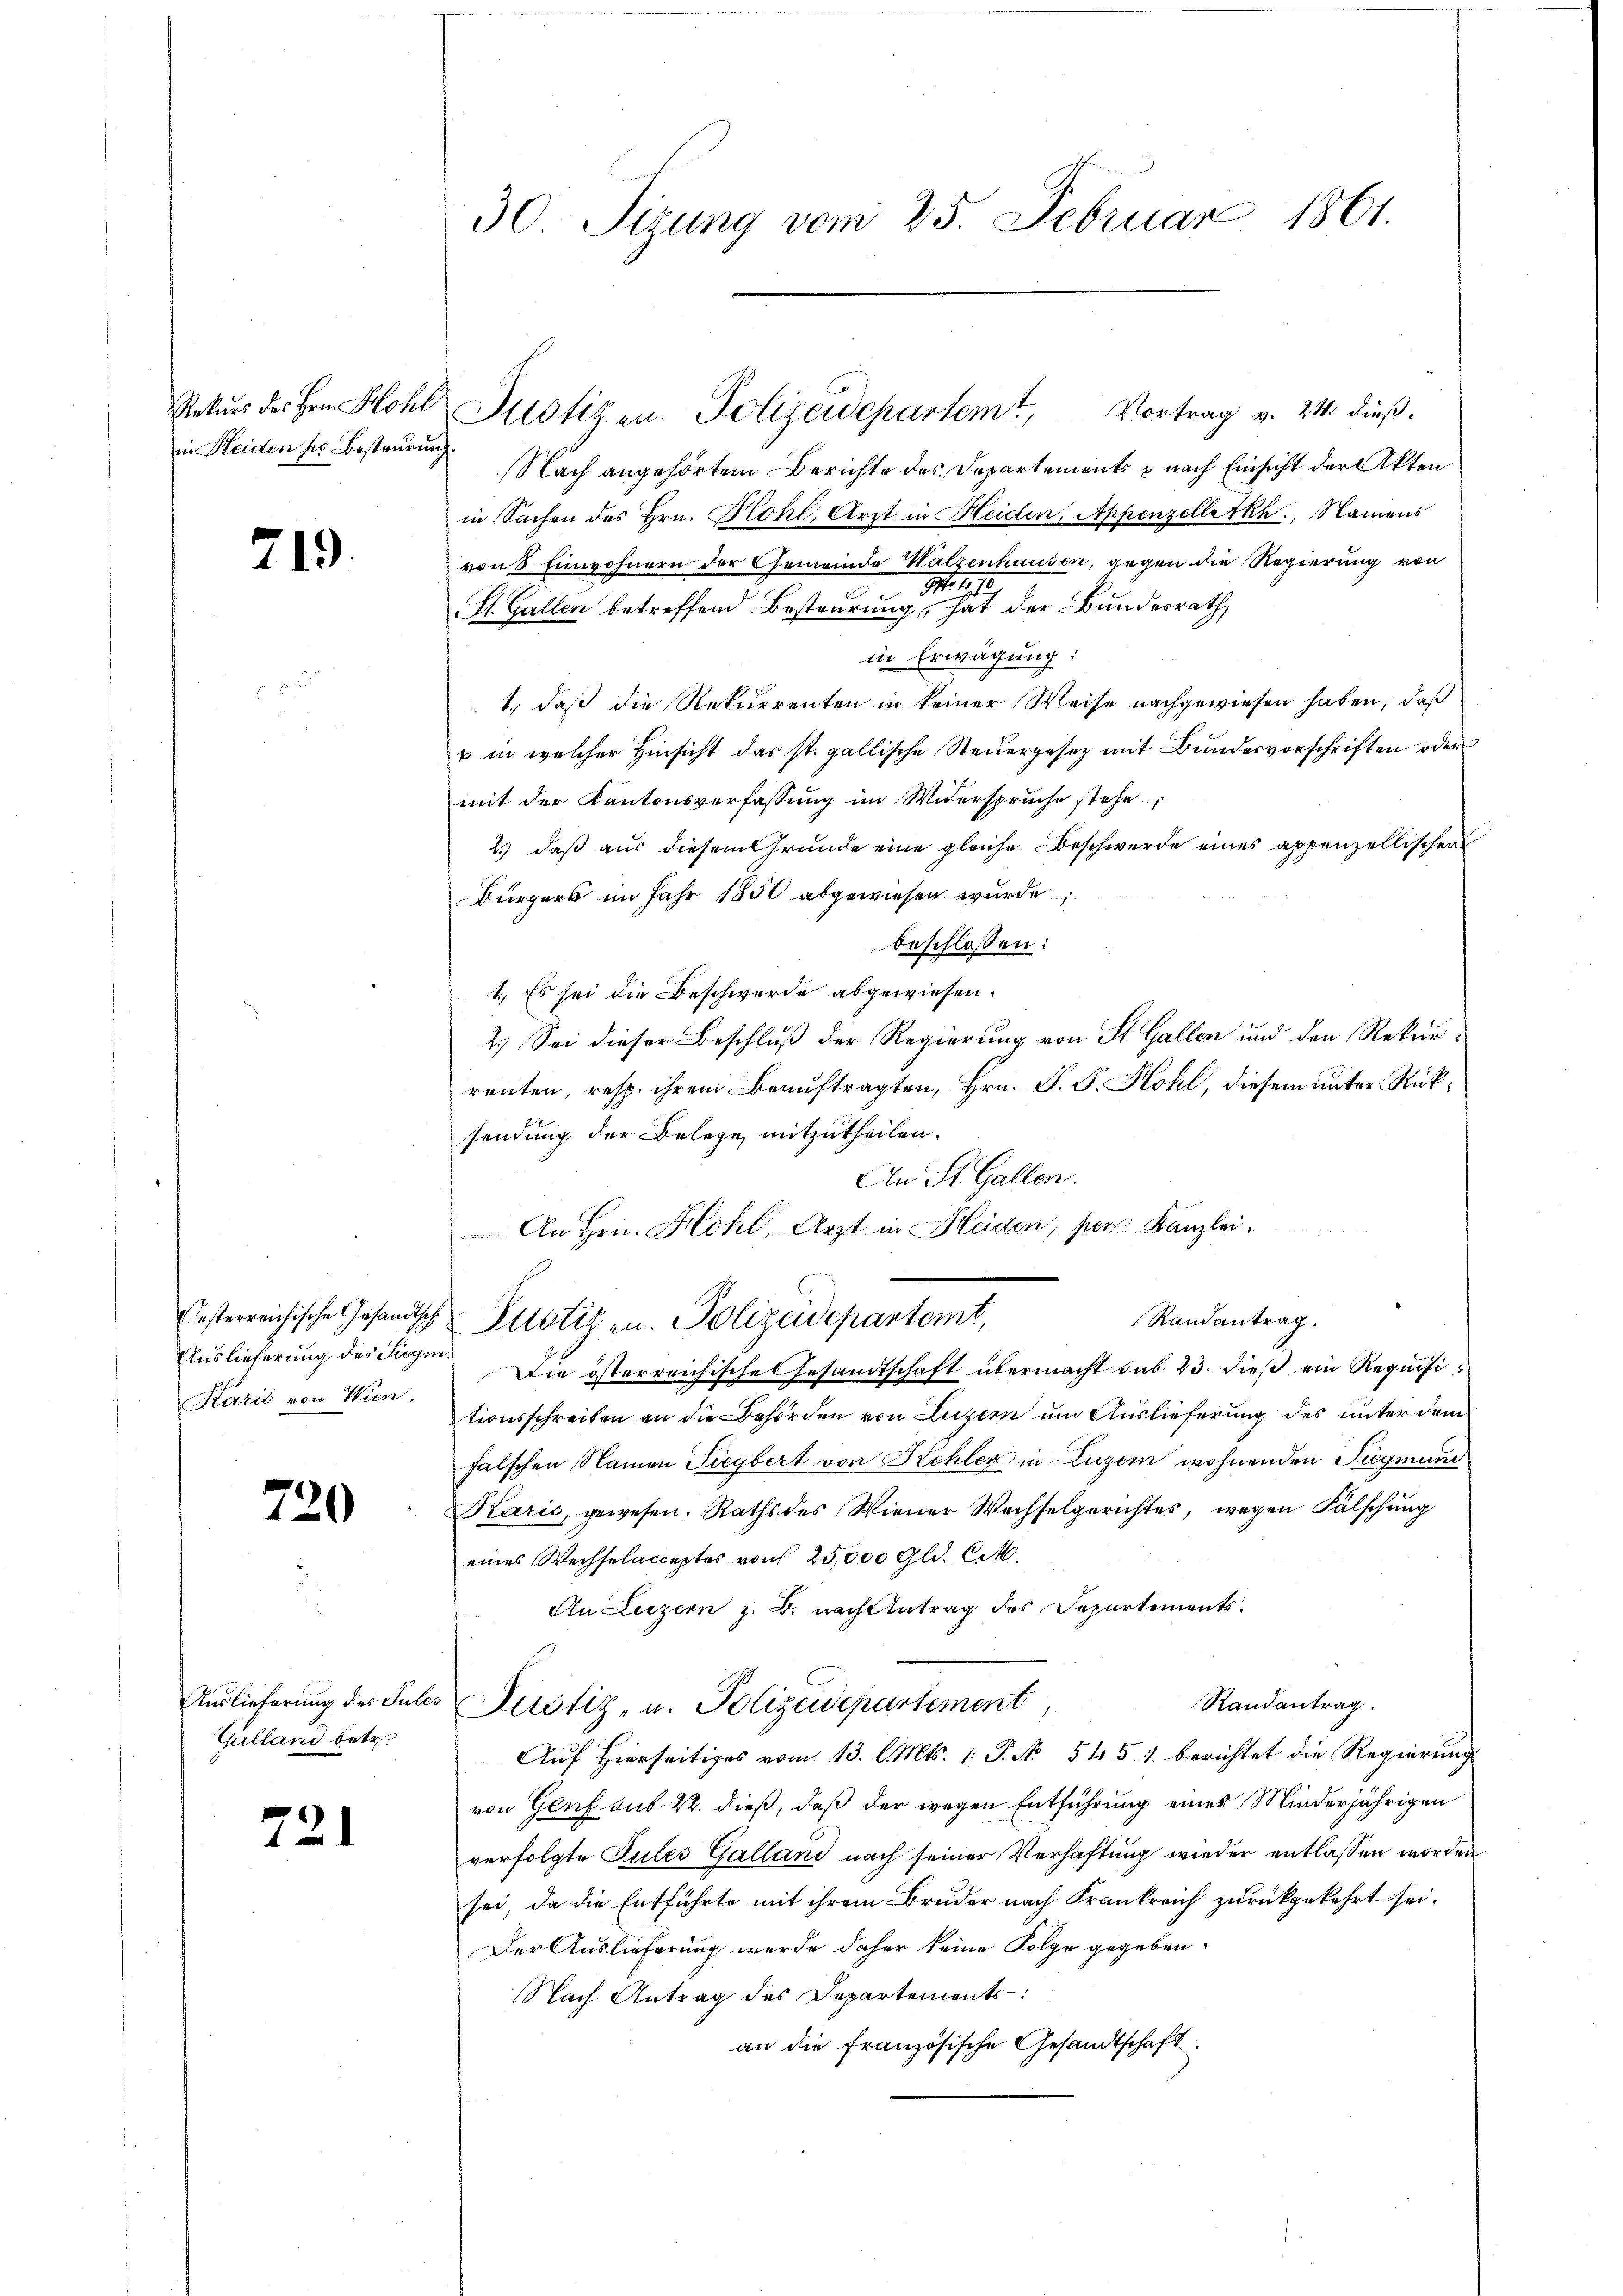
719

Auslieferung des Siegen¬
Karis von Wien.

720

Gulland betr.

721

30. Sizung vom 25. Februar 1861.

in Heiden pr. Besteurung.

Nach angehörtem Berichte des Departements & nach Einsicht der Akten
in Sachen des Hrn. Kohl, Arzt in Heiden, Appenzelletkh., Namens
von 8 Einwohnern der Gemeinde Walzenhausen, gegen die Regierung von
M. 17.
s
St. Gallen betreffend Besteurung, hat der Bundesrath,
in Erwägung:
1., daß die Rekurrenten in keiner Weise nachgewiesen haben, daß
u in welcher Hinsicht das st. gallische Steuergesetz mit Bundesvorschriften oder
mit der Kantonsverfassung im Widerspruche stehe
2.) daß aus diesem Grunde eine gleiche Beschwerde eines appenzellischen
Bürgers im Jahr 1850 abgewiesen wurde,
beschlossen:
1.) Es sei die Beschwerde abgewiesen.
2.) Sei dieser Beschluß der Regierung von St. Gallen und den Rekurrenten, resp. ihrem Beauftragten, Hrn. J. J. Kohl, diesem unter Rücksendung der Belege mitzutheilen.
An St. Gallen.
An Hrn. Hohl, Arzt in Heiden, hier Kanzlei.
Oesterreichische Gesandtsch Pilotizen. Polizeidepartemt,
Randantrag.
Die österreichische Gesandtschaft übermacht sub 23. dieß ein Requisitionsschreiben an die Behörden von Luzern um Auslieferung des unter dem
falschen Namen Tiegbert von Hehler in Luzern wohnenden Siegmund
Kárić, gewesen. Raths des Wiener Wechselgerichtes, wegen Fälschung
eines Wechselacceptes von 25,000 Gld. lit.
An Luzern z. B. nach Antrag des Departements.
Randantrag
Auslieferung der Sules Justiz- u. Polizeidepartement,
Auf Hierseitiges vom 13. l. Mts. 1. P. No 545. 1. berichtet die Regierung
von Genf sub 22. dieß, daß der wegen Entführung eines Minderjährigen
verfolgte Tules Galland nach seiner Verhaftung wieder entlassen worden
sei, da die Entführte mit ihrem Bruder nach Frankreich zurückgekehrt sei.
Der Auslieferung werde daher keine Folge gegeben.
Nach Antrag des Departements:
an die Französische Gesandtschaft

Rekŭrs des Hrn. Hohl Justiz zu. Polizeidepartemt, Vortrag v. 24. dieβ.